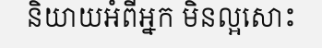
និយាយអំពីអ្នក មិនល្អសោះ